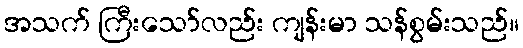
အသက် ကြီးသော်လည်း ကျန်းမာ သန်စွမ်းသည်။